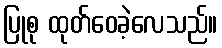
ပြုစု ထုတ်ဝေခဲ့လေသည်။